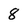
Character: 8